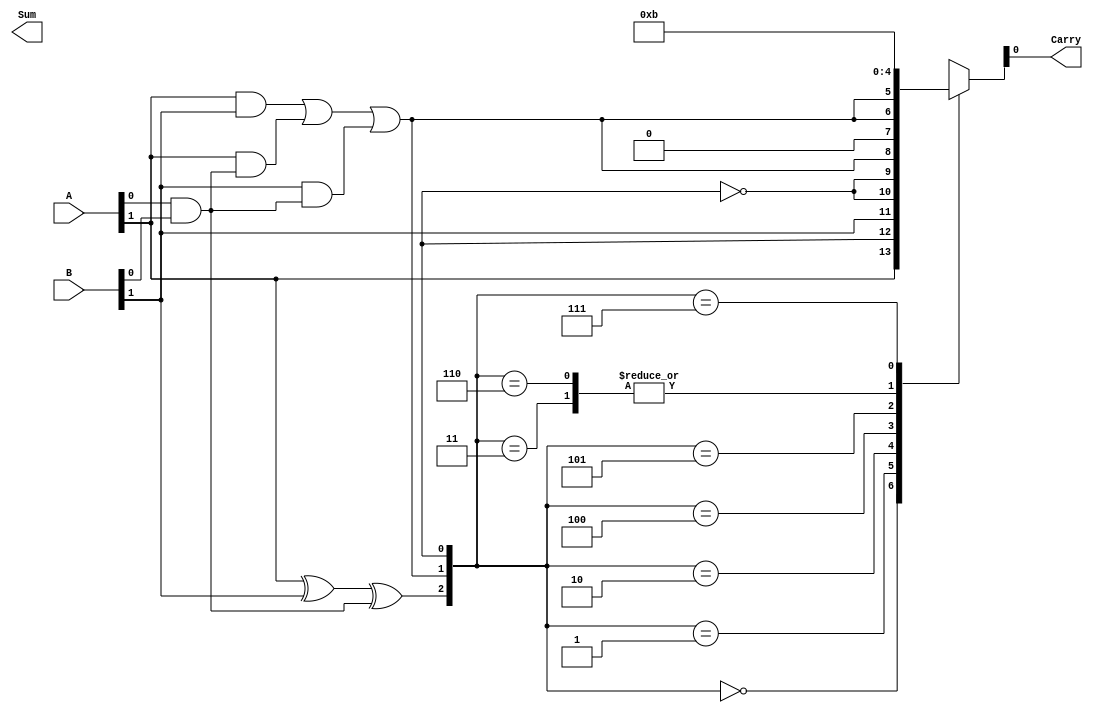
module carry_select_lookahead_adder (
    input [15:0] A,
    input [15:0] B,
    output reg [15:0] Sum,
    output reg Carry
);

reg [15:0] P, G, C;

// Generate P and G signals for each stage
assign P[0] = A[0] ^ B[0];
assign G[0] = A[0] & B[0];
assign P[1] = A[1] ^ B[1] ^ G[0];
assign G[1] = (A[1] & B[1]) | (A[1] & G[0]) | (B[1] & G[0]);
// Repeat the above process for the remaining stages

// Carry-select logic
always @* begin
    case ({P[1], G[1], C[0]})
        3'b000: {Sum[1], Carry} = {A[1], C[0]};
        3'b001: {Sum[1], Carry} = {B[1], ~C[0]};
        3'b010: {Sum[1], Carry} = {~C[0], G[1]};
        3'b011: {Sum[1], Carry} = {1'b1, 1'b0};
        3'b100: {Sum[1], Carry} = {1'b0, G[1]};
        3'b101: {Sum[1], Carry} = {G[1], 1'b0};
        3'b110: {Sum[1], Carry} = {1'b1, 1'b0};
        3'b111: {Sum[1], Carry} = {1'b1, 1'b1};
    endcase
end

// Repeat the above carry-select logic for the remaining stages

endmodule